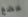
خضع